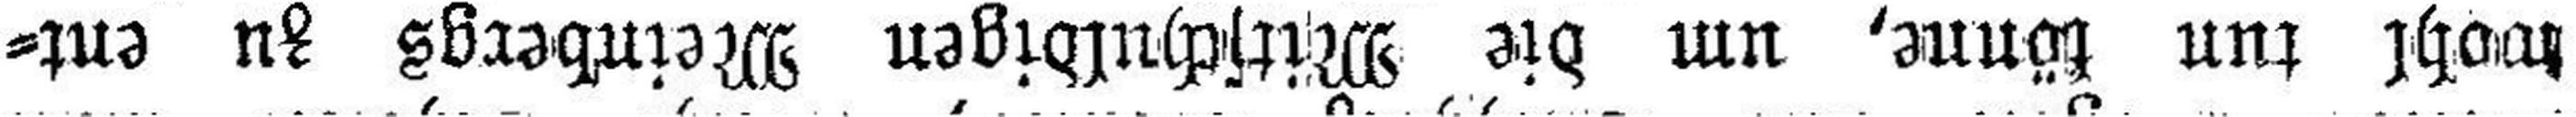
wohl tun könne, um die Mitschuldigen Meinbergs zu ent¬